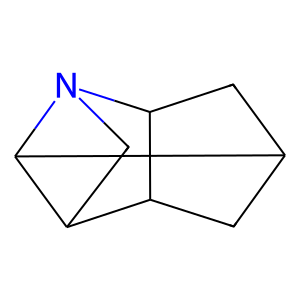
SMILES: C1C2CC3C1C1CN3C21
Inhibits HIV replication: No